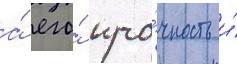
а́ его́ про́чность и́